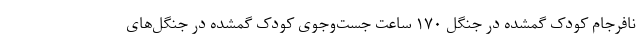
نافرجام کودک گمشده در جنگل ۱۷۰ ساعت جست‌وجوی کودک گمشده در جنگل‌های